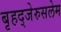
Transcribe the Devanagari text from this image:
बृहद्‌जेरुसलेम